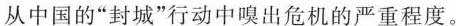
从中国的”封城”行动中看出危机的严重程度。